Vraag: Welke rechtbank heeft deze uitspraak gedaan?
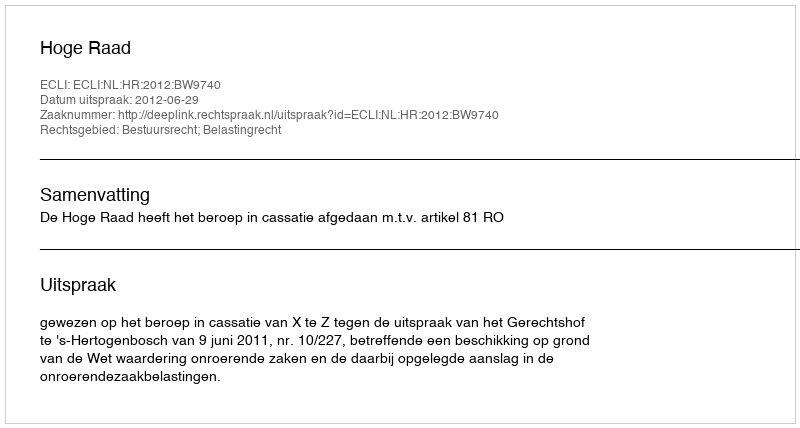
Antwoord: Hoge Raad